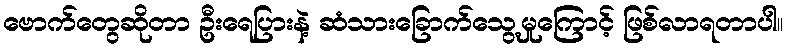
ဗောက်တွေဆိုတာ ဦးရေပြားနဲ့ ဆံသားခြောက်သွေ့မှုကြောင့် ဖြစ်လာရတာပါ။